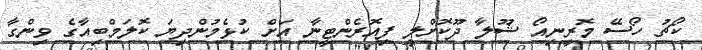
ކޯޗު ހޯސޭ މޮރީނިއޯ ޝޫލާ ދޫކޮށްލީ ފިއޮރެންޓީނާ އަށް ކުޅެމުންދިޔަ ކޮލަމްބިއާގެ ވިންގާ